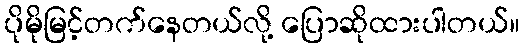
ပိုမိုမြင့်တက်နေတယ်လို့ ပြောဆိုထားပါတယ်။